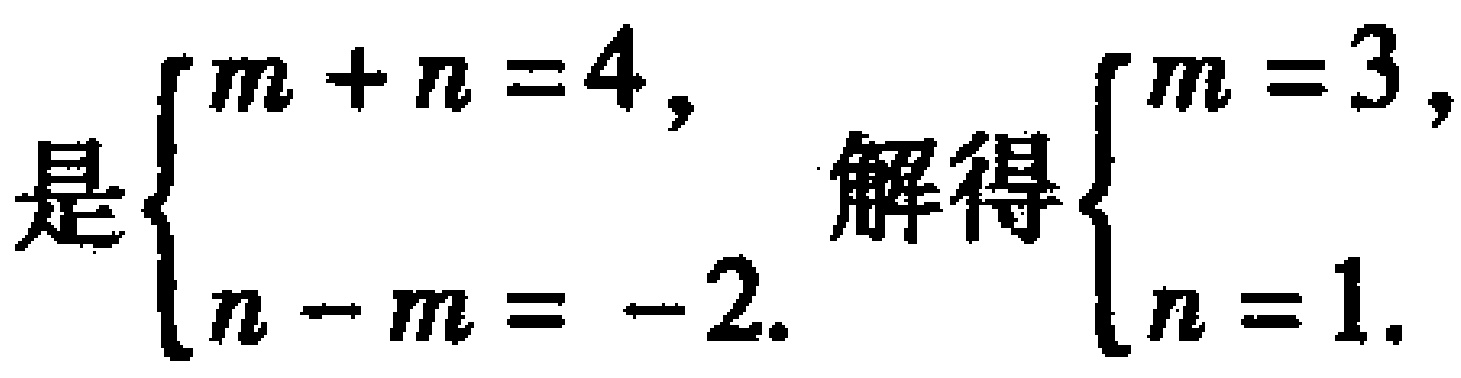
是$\begin{cases}m + n = 4,\\n - m = - 2.\end{cases}$ 解得$\begin{cases}m = 3,\\n = 1.\end{cases}$